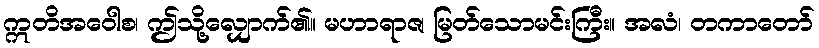
ဣတိအဝေါစ၊ ဤသို့လျှောက်၏။ မဟာရာဇ၊ မြတ်သောမင်းကြီး။ အလံ၊ တကာတော်